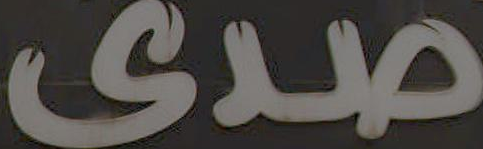
صدى